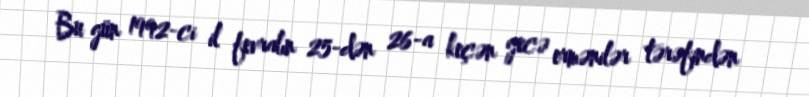
Bu gün 1992-ci il fevralın 25-dən 26-a keçən gecə ermənilər tərəfindən